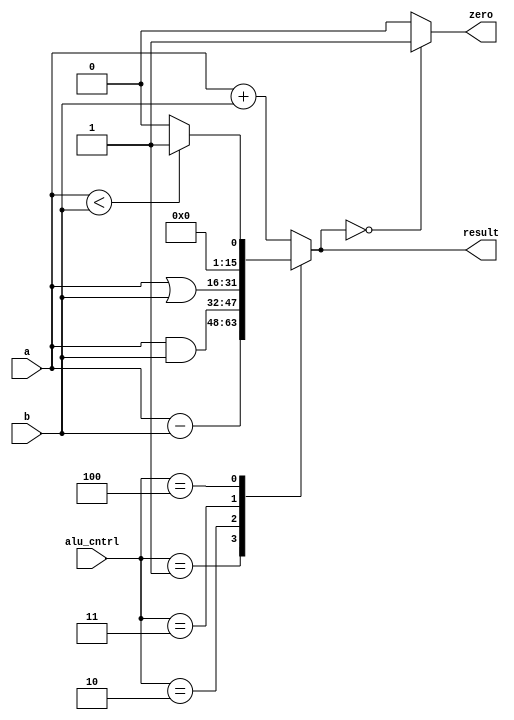
module alu(a,b,alu_cntrl,result,zero);

	input [15:0] a,b;
	input [2:0] alu_cntrl;
	output reg [15:0] result;
	output zero;

	always @(*)
	begin
		case(alu_cntrl)
		3'b000: result=a+b;
		3'b001: result=a-b;
		3'b010: result=a&b;
		3'b011: result=a|b;
		3'b100: begin if(a<b) result=16'd1;
					  else result=16'd0;
				end
		default: result=a+b;
		endcase
	end

	assign zero=(result==16'd0)?1'b1:1'b0;

endmodule